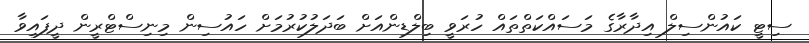
ސިޓީ ކައުންސިލް އިދާރާގެ މަސައްކަތްތައް ހުރަވީ ބިލްޑިންއަށް ބަދަލުކުރުމަށް ހައުސިން މިނިސްޓްރީން ދީފައިވާ